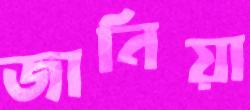
জানিয়া